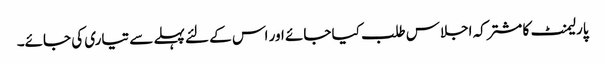
پارلیمنٹ کا مشترکہ اجلاس طلب کیا جائے اور اس کے لئے پہلے سے تیاری کی جائے۔